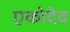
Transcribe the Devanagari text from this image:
एकोदेव